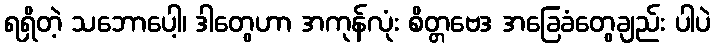
ရရှိတဲ့ သဘောပေါ့၊ ဒါတွေဟာ အကုန်လုံး စိတ္တဗေဒ အခြေခံတွေချည်း ပါပဲ